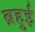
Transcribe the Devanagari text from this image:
ब्रहुई